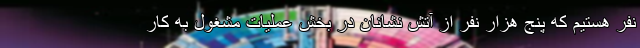
نفر هستیم که پنج هزار نفر از آتش نشانان در بخش عملیات مشغول به کار